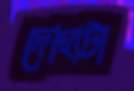
দোহাটা